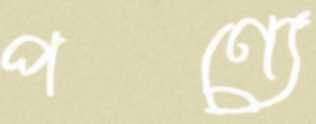
পণ্যে